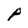
Character: p